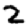
Digit: 2